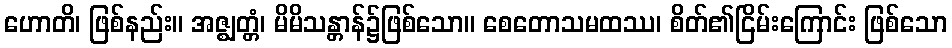
ဟောတိ၊ ဖြစ်နည်း။ အဇ္ဈတ္တံ၊ မိမိသန္တာန်၌ဖြစ်သော။ စေတောသမထဿ၊ စိတ်၏ငြိမ်းကြောင်း ဖြစ်သော